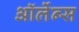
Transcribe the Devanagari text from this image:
ऑर्लेन्स